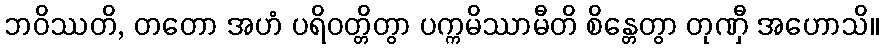
ဘဝိဿတိ, တတော အဟံ ပရိဝတ္တိတွာ ပက္ကမိဿာမီတိ စိန္တေတွာ တုဏှီ အဟောသိ။